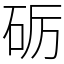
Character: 砺